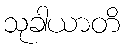
သုခါယာတိ